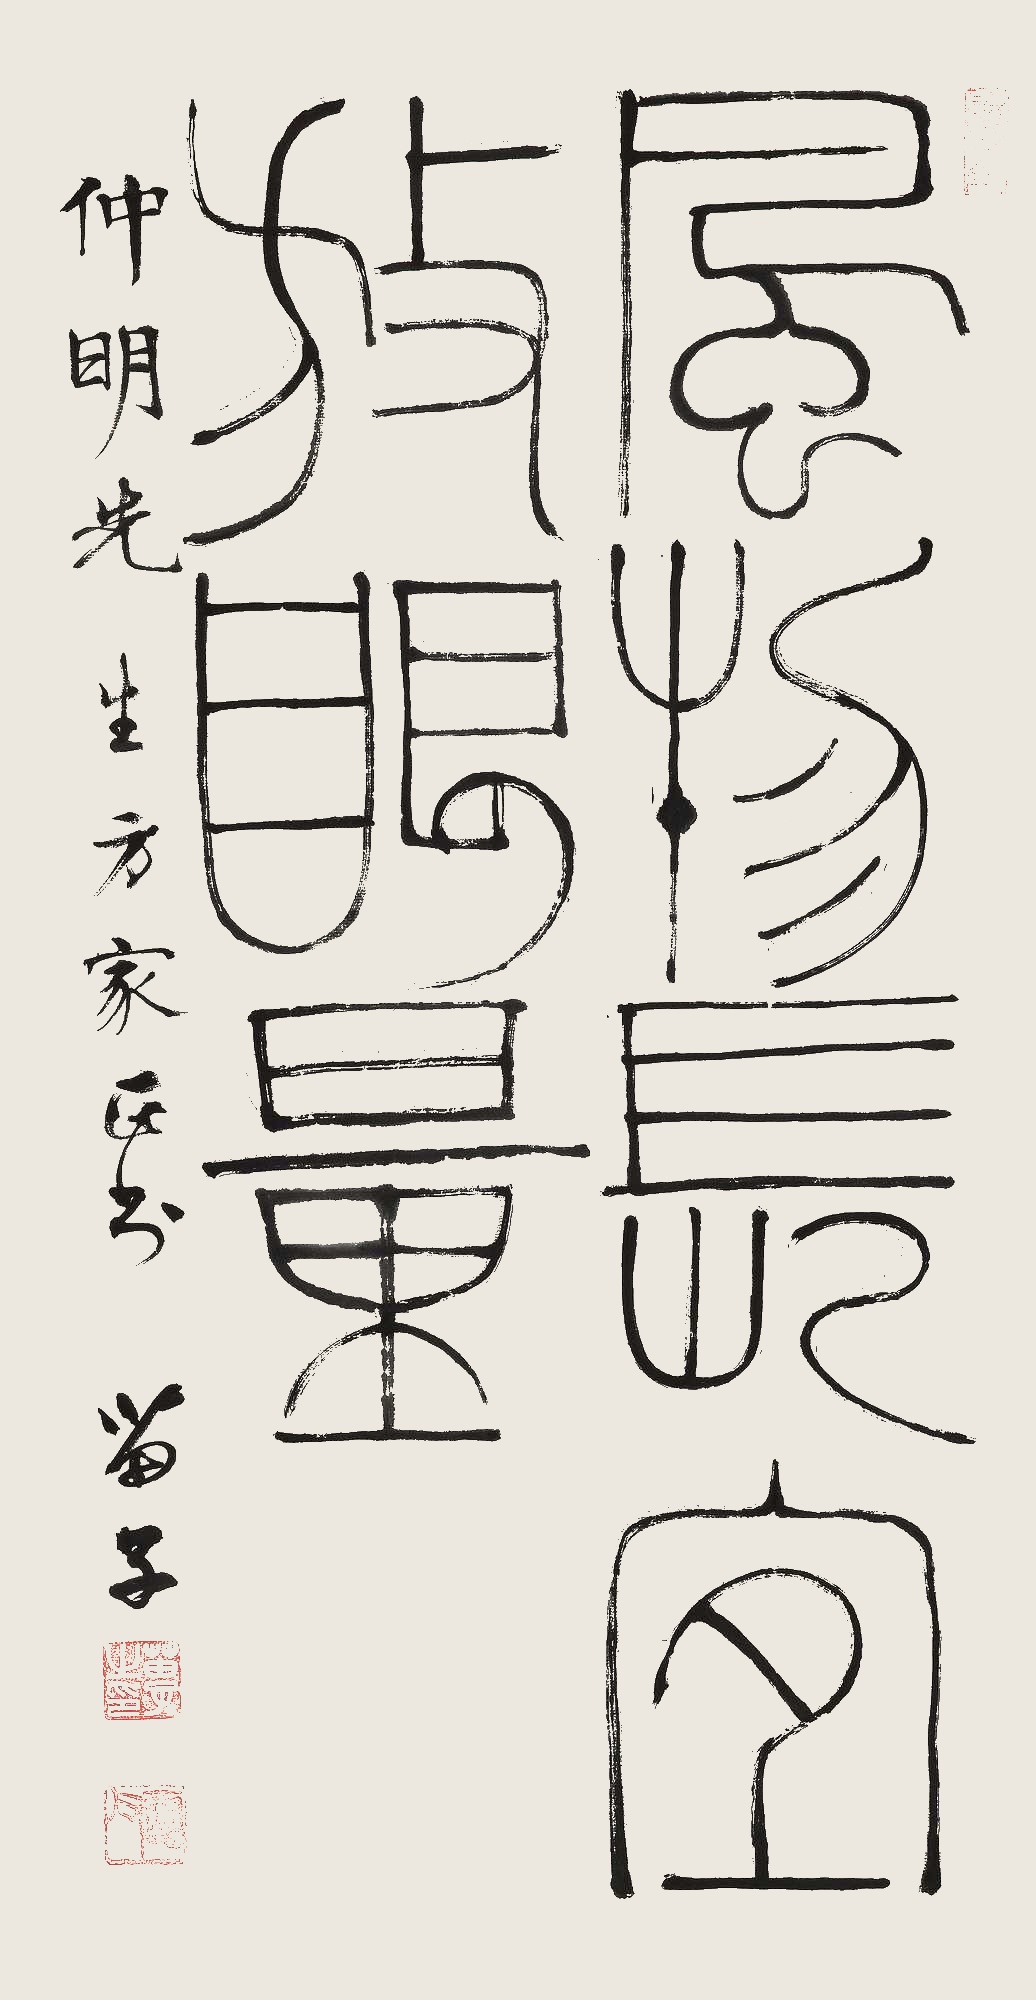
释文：风物长宜放眼量。仲明先生方家正书。苗子。